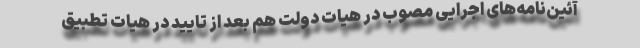
آئین‌نامه‌های اجرایی مصوب در هیات دولت هم بعد از تایید در هیات تطبیق